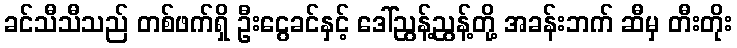
ခင်သီသီသည် တစ်ဖက်ရှိ ဦးငွေခင်နှင့် ဒေါ်ညွန့်ညွန့်တို့ အခန်းဘက် ဆီမှ တီးတိုး